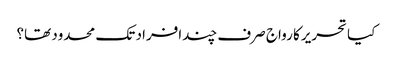
کیا تحریرکا رواج صرف چندافراد تک محدود تھا؟